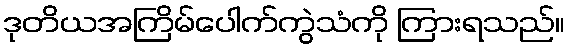
ဒုတိယအကြိမ်ပေါက်ကွဲသံကို ကြားရသည်။